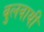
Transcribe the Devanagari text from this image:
बुलवायी